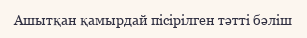
Ашытқан қамырдай пісірілген тәтті бәліш